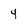
Character: 4